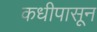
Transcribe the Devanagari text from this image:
कधीपासून